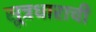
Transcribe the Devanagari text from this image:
सूत्रधाराची